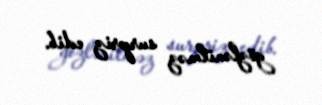
gözlənilməz surpriz edib.